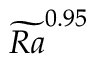
\widetilde { R a } ^ { 0 . 9 5 }